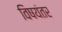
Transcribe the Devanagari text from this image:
विषयंतर